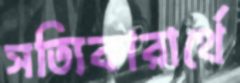
সত্যিকারার্থে